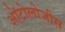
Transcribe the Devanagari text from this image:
ओंटोलोजीस